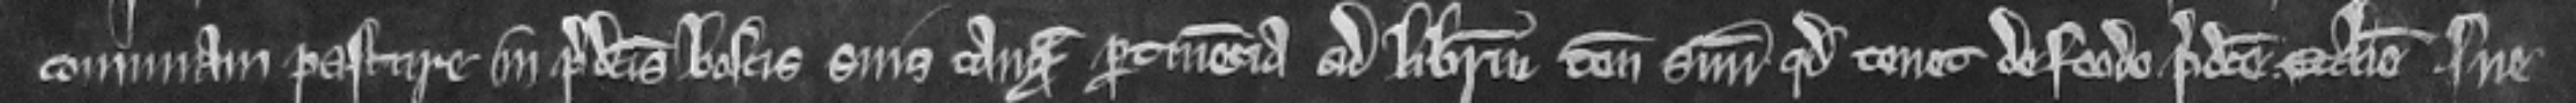
comunam pasture in predictus boscis suis tanquam pertinencia ad liberum tenementum suum quod tenet de feodo predicte ecclesie sue